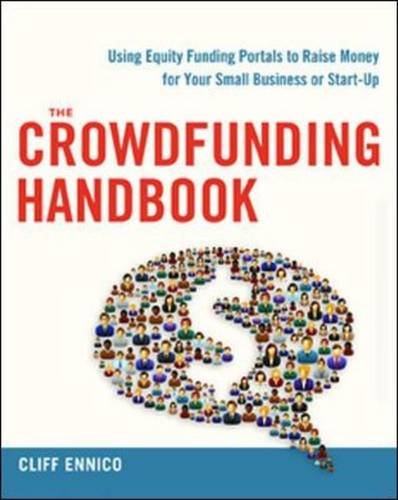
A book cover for The Crowdfunding Handbook: Raise Money for Your Small Business or Start-Up with Equity Funding Portals; Cliff Ennico; Business & Money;